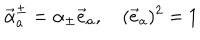
\vec { \alpha } _ { a } ^ { \pm } = \alpha _ { \pm } \vec { e } _ { a } , \quad ( \vec { e } _ { a } ) ^ { 2 } = 1